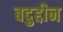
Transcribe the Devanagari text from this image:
बदुद्दीन